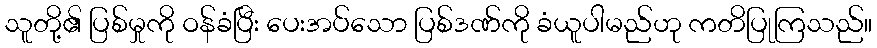
သူတို့၏ ပြစ်မှုကို ဝန်ခံပြီး ပေးအပ်သော ပြစ်ဒဏ်ကို ခံယူပါမည်ဟု ကတိပြုကြသည်။